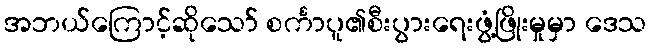
အဘယ်ကြောင့်ဆိုသော် စင်္ကာပူ၏စီးပွားရေးဖွံ့ဖြိုးမှုမှာ ဒေသ